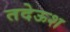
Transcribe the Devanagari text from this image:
तदेऊश